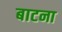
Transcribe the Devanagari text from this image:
बाटना